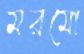
মরমো